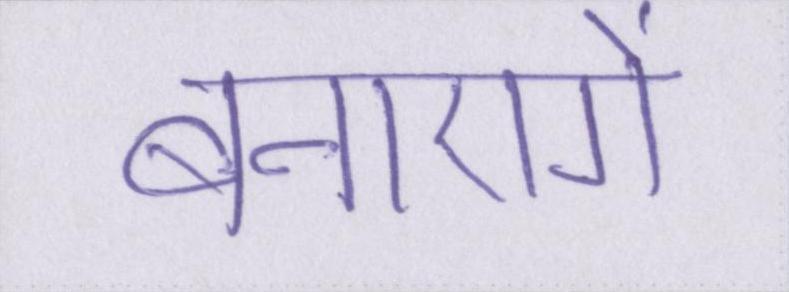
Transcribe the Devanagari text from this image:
बनाएगें